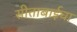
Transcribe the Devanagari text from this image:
सीताबाईचा